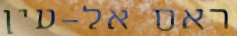
ראס אל-עין